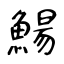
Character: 鰑